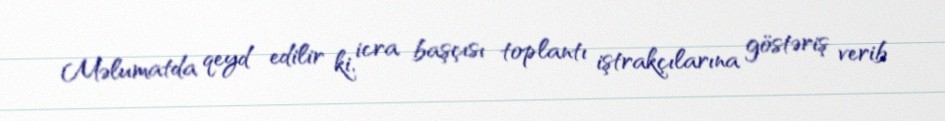
Məlumatda qeyd edilir ki, icra başçısı toplantı iştrakçılarına göstəriş verib